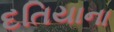
દતિયાના